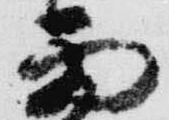
雨